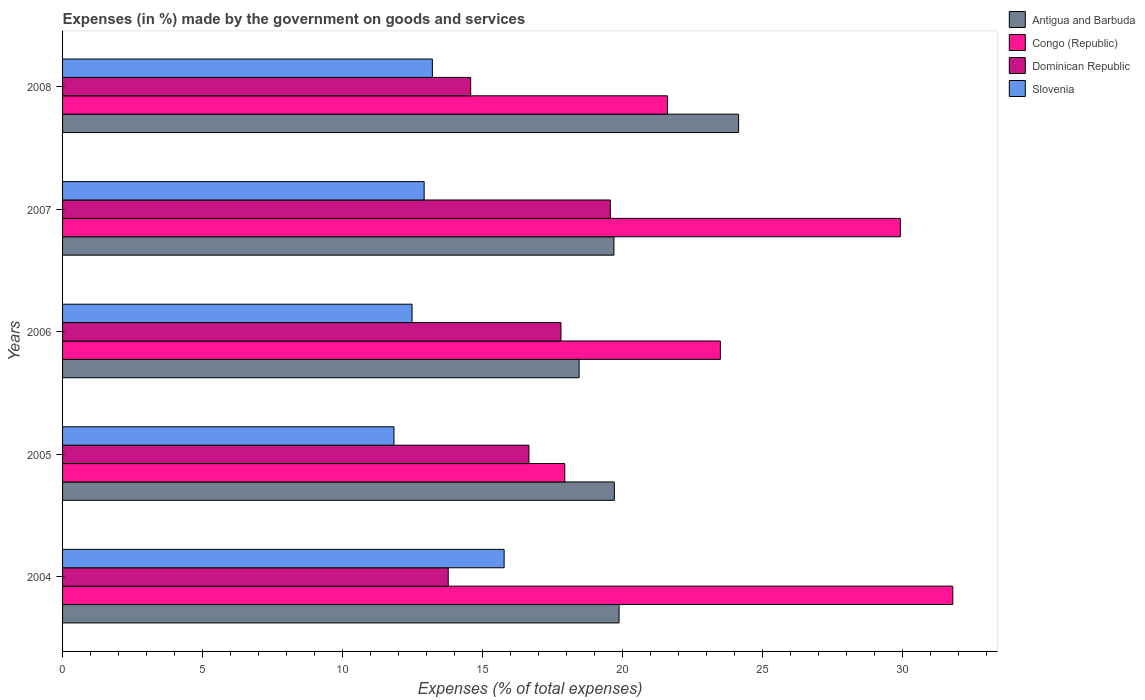
| Years | Antigua and Barbuda | Congo (Republic) | Dominican Republic | Slovenia |
 | --- | --- | --- | --- | --- |
 | 2004 | 19.9 | 31.8 | 13.8 | 15.8 |
 | 2005 | 19.7 | 17.9 | 16.7 | 11.8 |
 | 2006 | 18.4 | 23.5 | 17.8 | 12.5 |
 | 2007 | 19.7 | 29.9 | 19.6 | 12.9 |
 | 2008 | 24.1 | 21.6 | 14.6 | 13.2 |